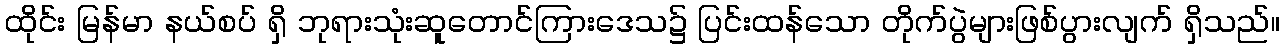
ထိုင်း မြန်မာ နယ်စပ် ရှိ ဘုရားသုံးဆူတောင်ကြားဒေသ၌ ပြင်းထန်သော တိုက်ပွဲများဖြစ်ပွားလျက် ရှိသည်။